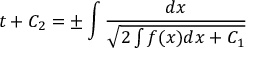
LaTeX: t + C _ { 2 } = \pm \int { \frac { d x } { \sqrt { 2 \int f ( x ) d x + C _ { 1 } } } }